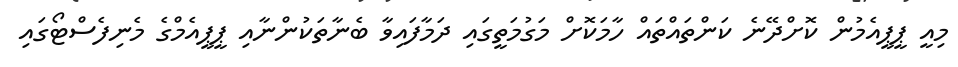
މިއީ ޕީޕީއެމުން ކޮށްދޭނެ ކަންތައްތައް ހާމަކޮށް މަގުމަތީގައި ދަމާފައިވާ ބެނާތަކުންނާއި ޕީޕީއެމްގެ މެނިފެސްޓޯގައި